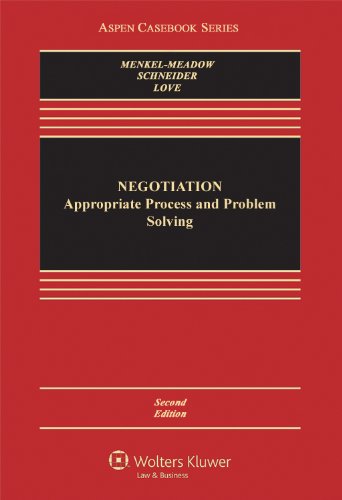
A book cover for Negotiation: Processes for Problem Solving (Aspen Casebook); Carrie J Menkel-Meadow; Law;